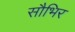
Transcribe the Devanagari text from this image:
सौभिर